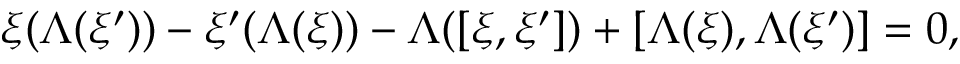
\xi ( \Lambda ( \xi ^ { \prime } ) ) - \xi ^ { \prime } ( \Lambda ( \xi ) ) - \Lambda ( [ \xi , \xi ^ { \prime } ] ) + [ \Lambda ( \xi ) , \Lambda ( \xi ^ { \prime } ) ] = 0 ,